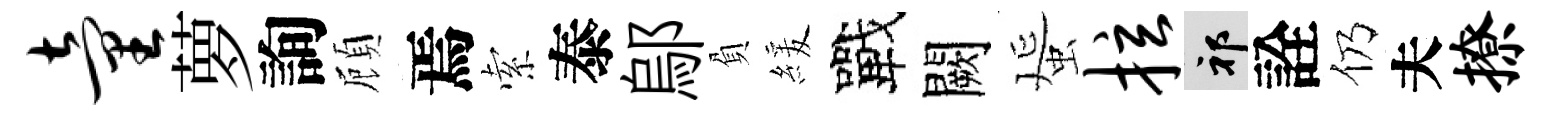
童萝詢頋焉索泰鄔負緩戰闕蜑拉祁詮仍夫撩